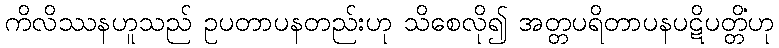
ကိလိဿနဟူသည် ဥပတာပနတည်းဟု သိစေလို၍ အတ္တပရိတာပနပဋိပတ္တိံဟု